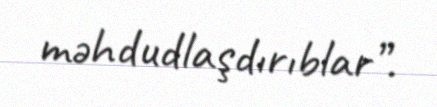
məhdudlaşdırıblar”.